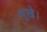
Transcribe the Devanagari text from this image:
भूखे।